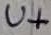
Text: U+